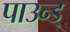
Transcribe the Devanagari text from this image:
पाउन्ड्